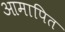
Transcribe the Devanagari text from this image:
आमापित